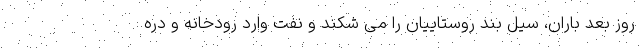
روز بعد باران، سیل بند روستاییان را می شکند و نفت وارد رودخانه و دره